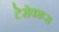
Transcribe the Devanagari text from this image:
टेरोकाप्स